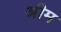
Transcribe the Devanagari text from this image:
श्रीम